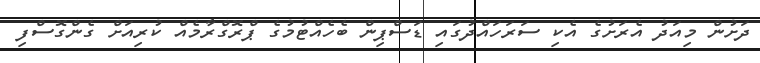
ދަށުން މިއަދު އެރަށުގެ އެކި ސަރަހައްދުގައި ޑަސްޕިން ބެހެއްޓުމުގެ ޕްރޮގްރާމެއް ކުރިއަށް ގެންގޮސްފި